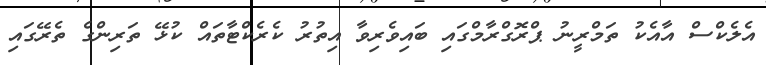
އެލެކްސް އާއެކު ތަމްރީނު ޕްރޮގްރާމްގައި ބައިވެރިވާ އިތުރު ކެރެކްޓާތައް ކުޅޭ ތަރިންގެ ތެރޭގައި